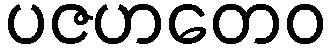
ပဇဟတေဝ